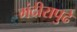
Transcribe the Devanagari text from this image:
मंदीरापुढे